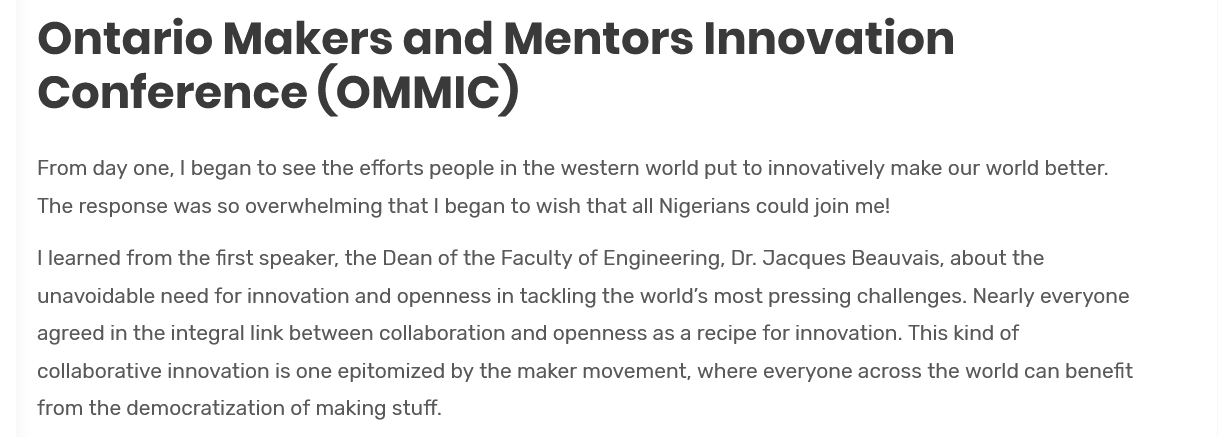
Ontario    Makers    and    Mentors    Innovation
    Conference    (OMMIC)
    From day one, | began to see the efforts people in the western world put to innovatively make our world better.
    The response was so overwhelming that | began to wish that all Nigerians could join me!
    | learned from the first speaker, the Dean of the Faculty of Engineering, Dr. Jacques Beauvais, about the
    unavoidable need for innovation and openness in tackling the world’s most pressing challenges. Nearly everyone
    agreed in the integral link between collaboration and openness as a recipe for innovation. This kind of
    collaborative innovation is one epitomized by the maker movement, where everyone across the world can benefit
    from the democratization of making stuff.